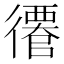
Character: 𢖎